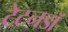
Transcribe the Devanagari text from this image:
टेटनडॉ